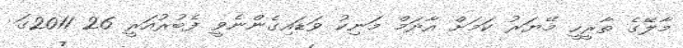
މާލޭގެ ތާރީހީ މޭޔަރު ކަމަށް އާދަމް މަނިކު ވަޑައިގެންނެވީ ފެބުރުއަރީ 26 2011ގަ